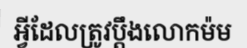
អ្វីដែលត្រូវប្តឹងលោកម៉ម